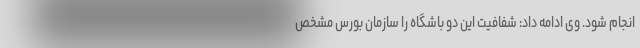
انجام شود. وی ادامه داد: شفافیت این دو باشگاه را سازمان بورس مشخص